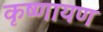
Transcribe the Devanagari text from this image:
कृष्णायण